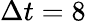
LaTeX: \Delta t=8